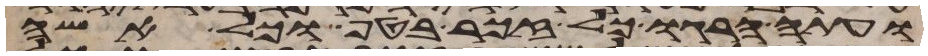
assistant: ועתה הרגו כל זכר בטף וכל אשה